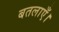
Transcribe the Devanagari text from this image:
बतलाएँ।